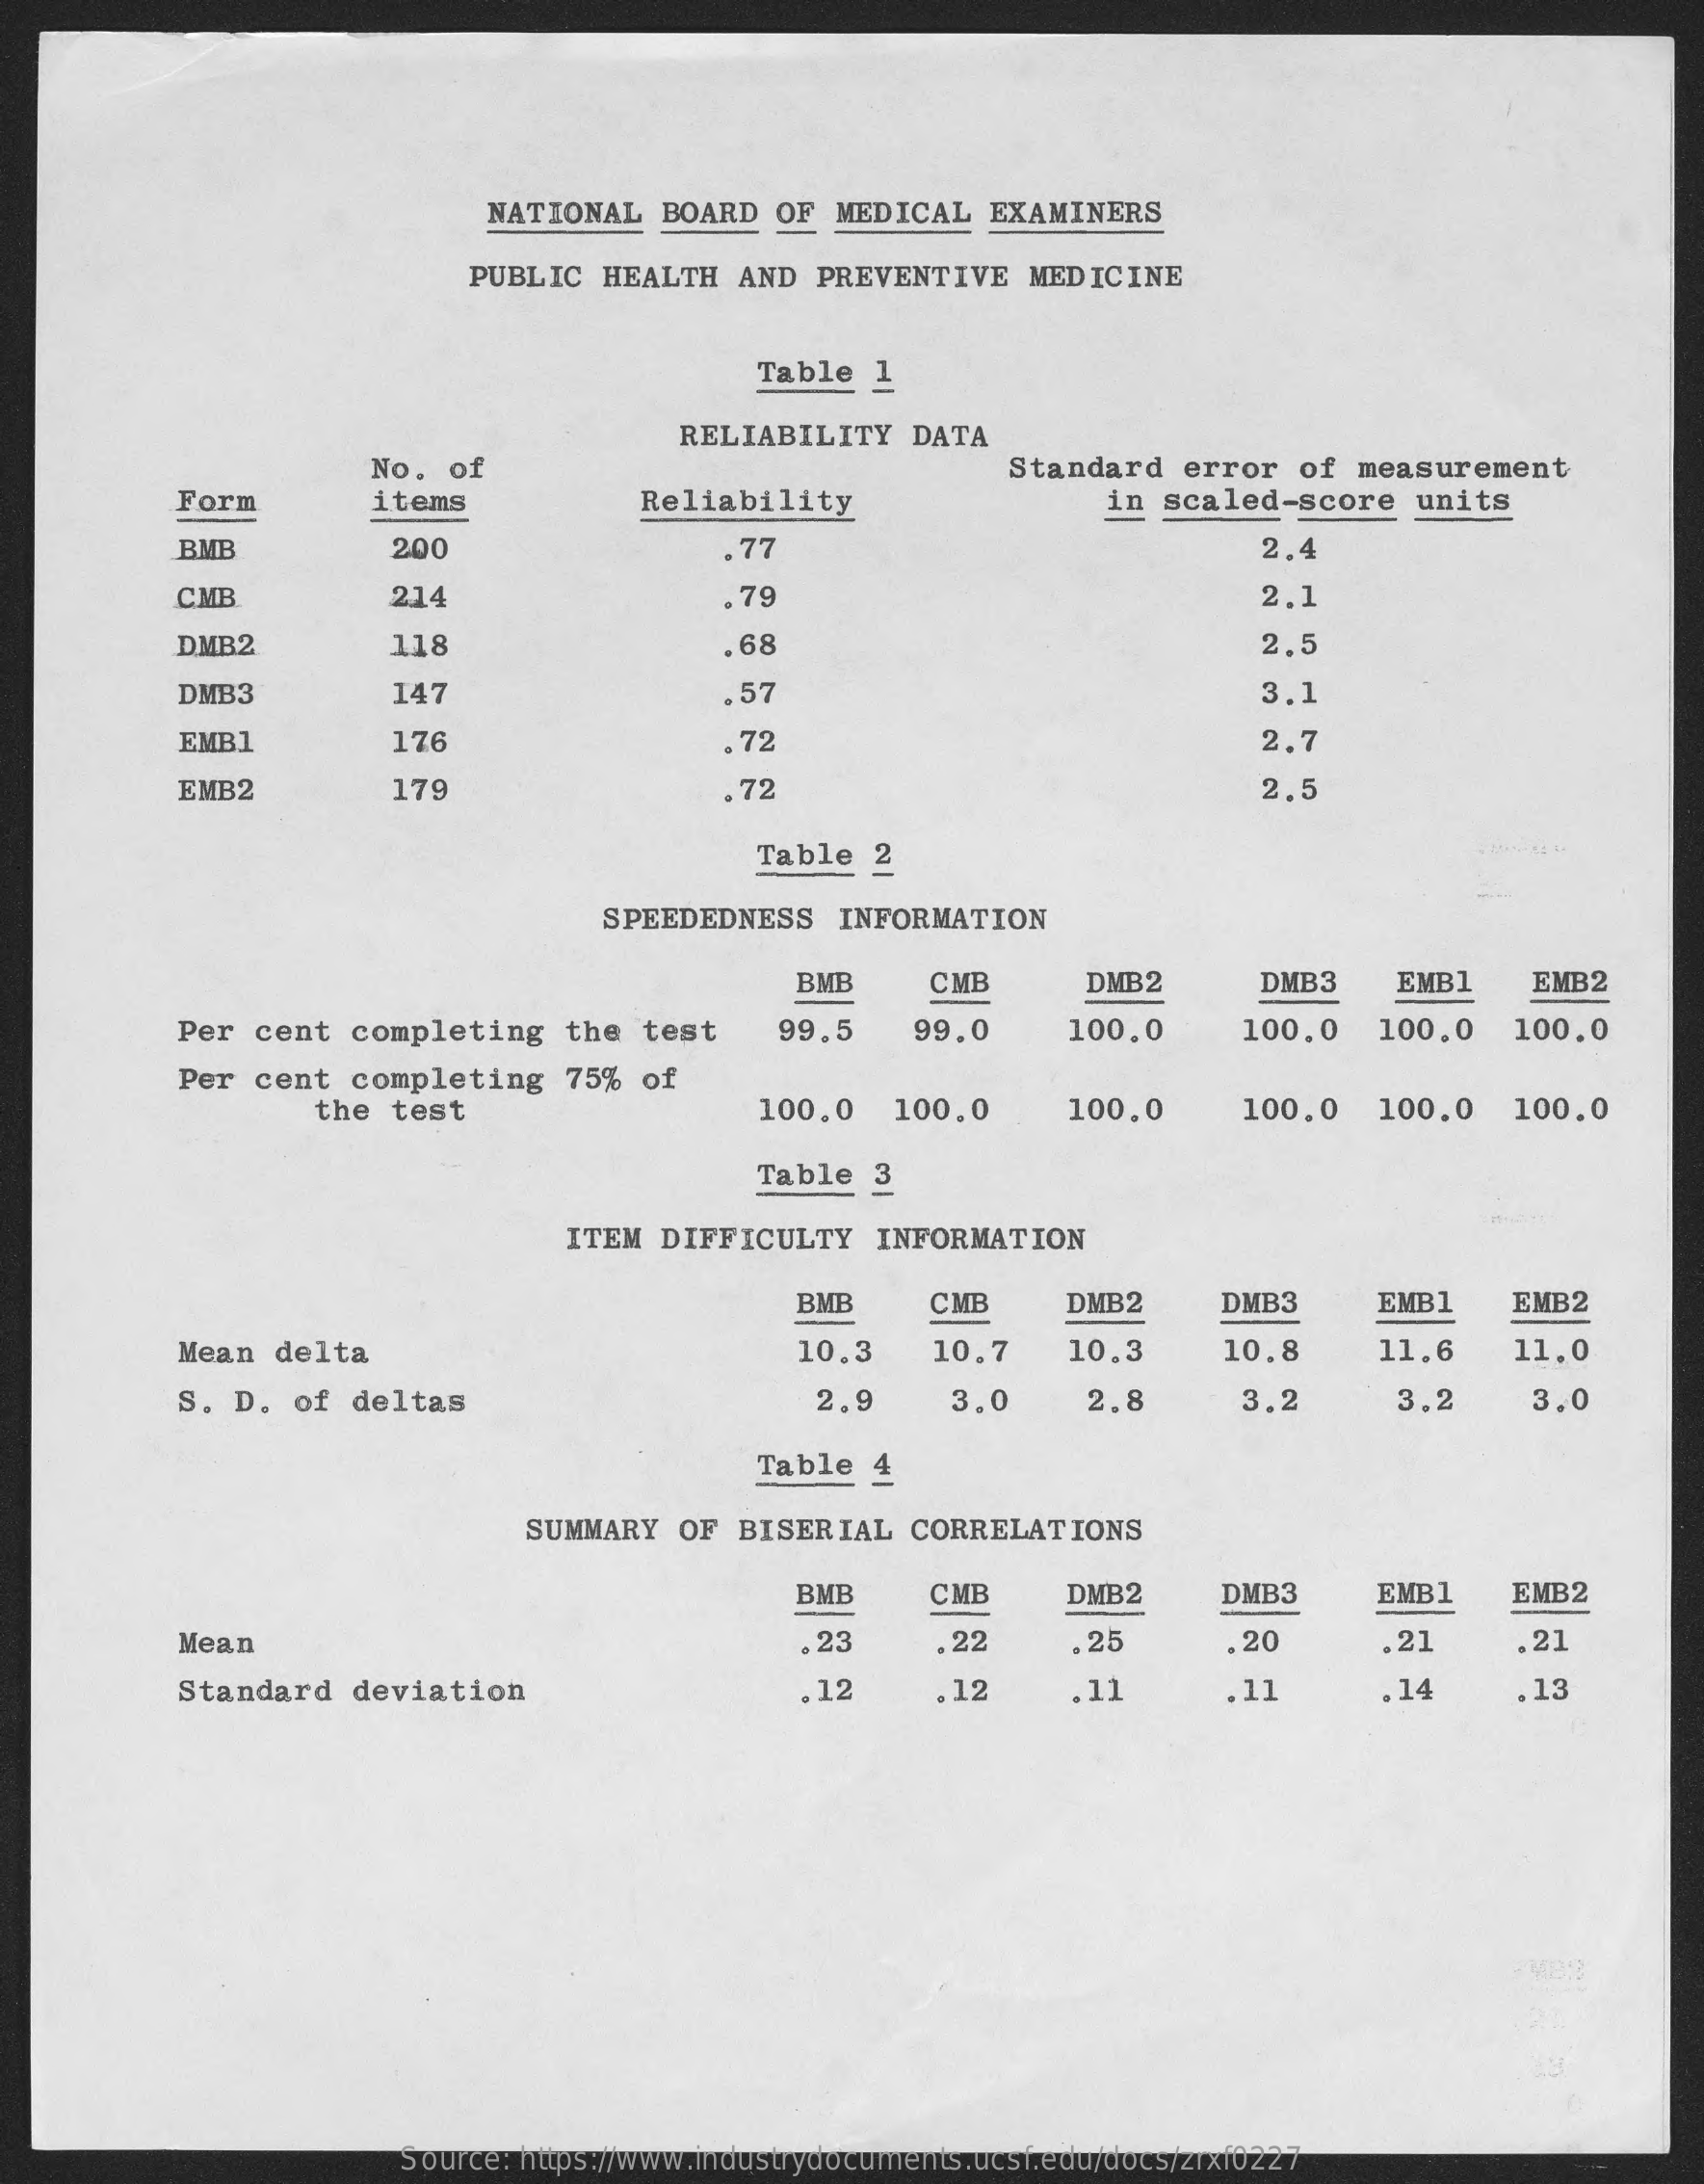
NATIONAL   BOARD   OF  MEDICAL   EXAMINERS
     PUBLIC  HEALTH   AND  PREVENTIVE    MEDICINE
     Table  1
     No.  of
     RELIABILITY    DATA
     Standard   error   of  measurement
     Form    items    Reliability    in scaled-score    units
     BMB    200    77    2.4
     CMB    214    .79    2.1
     DMB2    118    68    2.5
     DMB3    147    . 57    3.1
     EMB1    176    72    2.7
     EMB2    179    .72    2.5
     Table  2
     SPEEDEDNESS    INFORMATION
     BMB    CMB    DMB2    DMB3    EMB1    EMB2
     Per  cent  completing    the  test    99.5    99.0    100.0    100.0    100.0   100.0
     Per  cent  completing    75%  of
     the  test    100.0    100.0    100.0    100.0   100.0    100.0
     Table  3
     ITEM  DIFFICULTY    INFORMATION
     BMB    CMB    DMB2    DMB3    EMB1    EMB2
     Mean  delta    10.3    10.7    10.3    10.8    11,6    11.0
     S. D.  of  deltas    2.9    3.0    2.8    3.2    3.2    3.0
     Table  4
     SUMMARY  OF  BISERIAL    CORRELATIONS
     BMB    CMB    DMB2    DMB3    EMB1    EMB2
     Mean    .23    22    .25    20    .21    .21
     Standard   deviation    . 12    . 12    .11    .11    .14    . 13
     -MBB
     Source: https://www.industrydocuments.ucsf.edu/docs/zrxf0227